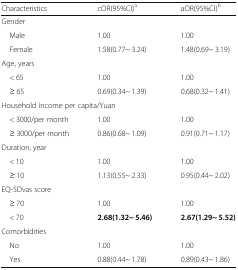
| Characteristics | cOR(95%CI)a | aOR(95%CI)b |
 | --- | --- | --- |
 | <COLSPAN=3> Gender |
 | Male | 1.00 | 1.00 |
 | Female | 1.58(0.77~ 3.24) | 1.48(0.69~ 3.19) |
 | <COLSPAN=3> Age, years |
 | < 65 | 1.00 | 1.00 |
 | ≥ 65 | 0.69(0.34~ 1.39) | 0.68(0.32~ 1.41) |
 | <COLSPAN=3> Household income per capita/Yuan |
 | < 3000/per month | 1.00 | 1.00 |
 | ≥ 3000/per month | 0.86(0.68~ 1.09) | 0.91(0.71~ 1.17) |
 | <COLSPAN=3> Duration, year |
 | < 10 | 1.00 | 1.00 |
 | ≥ 10 | 1.13(0.55~ 2.33) | 0.95(0.44~ 2.02) |
 | <COLSPAN=3> EQ-5Dvas score |
 | ≥ 70 | 1.00 | 1.00 |
 | < 70 | 2.68(1.32~ 5.46) | 2.67(1.29~ 5.52) |
 | <COLSPAN=3> Comorbidities |
 | No | 1.00 | 1.00 |
 | Yes | 0.88(0.44~ 1.78) | 0.89(0.43~ 1.86) |